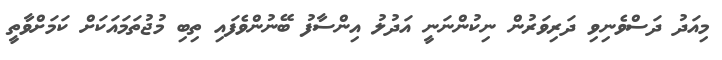
މިއަދު ދަސްވެނިވި ދަރިވަރުން ނިކުންނަނީ އަދުލު އިންސާފު ބޭނުންވެފައި ތިބި މުޖުތަމައަކަށް ކަމަށްވާތީ